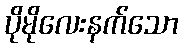
ပိုမိုလေးနက်သော